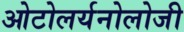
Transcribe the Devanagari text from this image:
ओटोलर्यनोलोजी